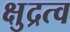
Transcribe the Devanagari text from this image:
क्षुद्रत्व